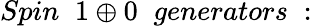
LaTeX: Spin\; \; 1\oplus 0\; \; generators\; :